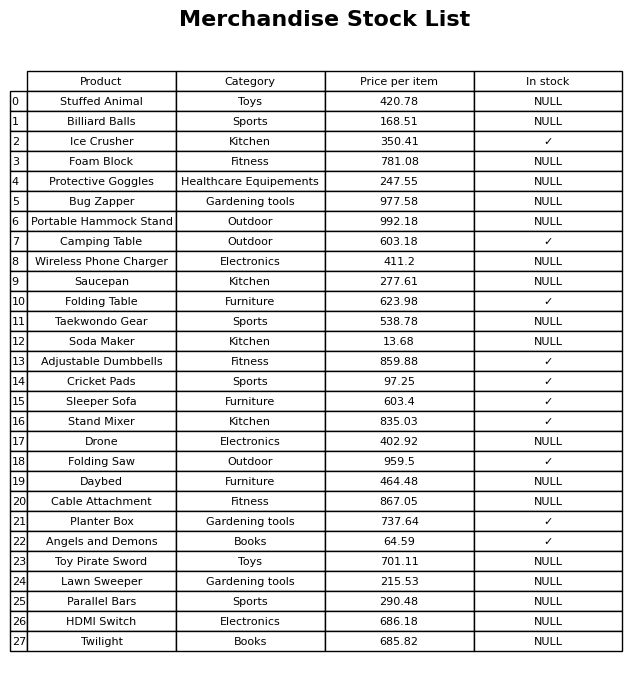
question: What is the price for Saucepan?
answer: The price of Saucepan is 277.61.